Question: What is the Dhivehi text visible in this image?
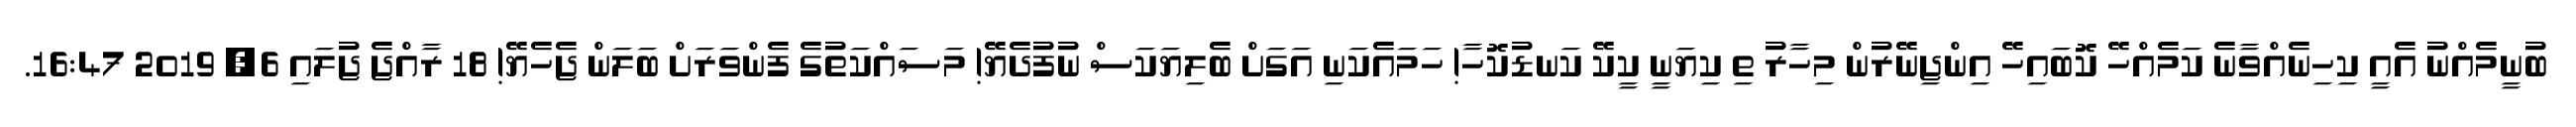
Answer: ބުނީމެއްނު އެއީ ކިހިނެއްވާނެ ކަމެއްހޭ ކޮބައިހޭ އިންޖިނޭރުން މިހާރު ތި ކިޔަނީ ކީކޭ ކަނޑުކޮހާ! ހަމައެކަނި އަގަށް ބެލިޔަކަސް ނުފުދެޔޭ! މަސައްކަތުގެ ފެންވަރަށް ބަލަން ޖެހެޔޭ! 18 ރާއްޖެ ޖުލައި 6, 2019 16:47.